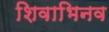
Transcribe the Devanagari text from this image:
शिवाभिनव